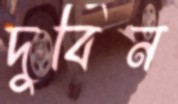
দুর্বিন